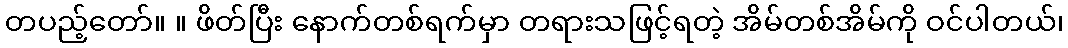
တပည့်တော်။ ။ ဖိတ်ပြီး နောက်တစ်ရက်မှာ တရားသဖြင့်ရတဲ့ အိမ်တစ်အိမ်ကို ဝင်ပါတယ်၊